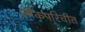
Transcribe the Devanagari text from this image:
लोकपरिचीत